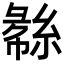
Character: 𬗧